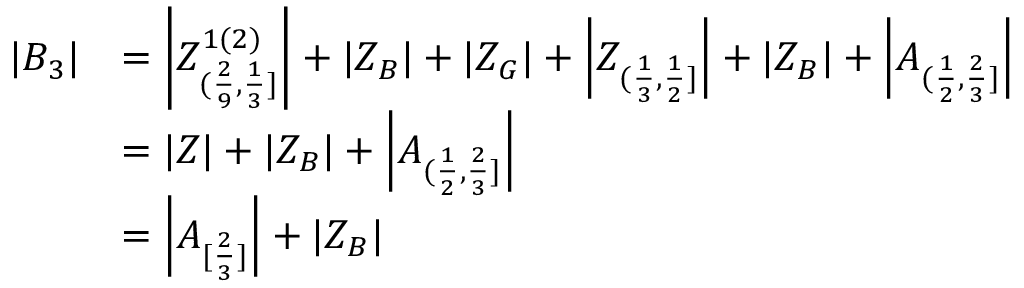
\begin{array} { r l } { | B _ { 3 } | } & { = \left| Z _ { ( \frac { 2 } { 9 } , \frac { 1 } { 3 } ] } ^ { 1 ( 2 ) } \right| + | Z _ { B } | + | Z _ { G } | + \left| Z _ { ( \frac { 1 } { 3 } , \frac { 1 } { 2 } ] } \right| + | Z _ { B } | + \left| A _ { ( \frac { 1 } { 2 } , \frac { 2 } { 3 } ] } \right| } \\ & { = | Z | + | Z _ { B } | + \left| A _ { ( \frac { 1 } { 2 } , \frac { 2 } { 3 } ] } \right| } \\ & { = \left| A _ { [ \frac { 2 } { 3 } ] } \right| + | Z _ { B } | } \end{array}